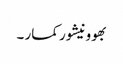
بھوونیشور کمار ۔